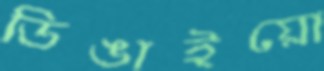
ডিঙাইয়ো